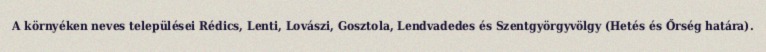
A környéken neves települései Rédics, Lenti, Lovászi, Gosztola, Lendvadedes és Szentgyörgyvölgy (Hetés és Őrség határa).